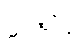
ဥရတ္တာဠိံ